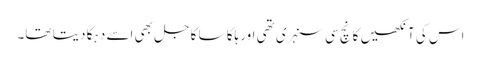
اس کی آنکھیں کانچ سی سنہری تھی اور ہلکا سا کاجل بھی اسے دہکا دیتا تھا۔